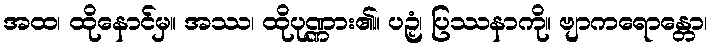
အထ၊ ထိုနောင်မှ။ အဿ၊ ထိုပုဏ္ဏား၏။ ပဉှံ၊ ပြဿနာကို။ ဗျာကရောန္တော၊